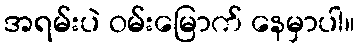
အရမ်းပဲ ဝမ်းမြောက် နေမှာပါ။